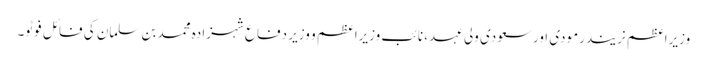
وزیراعظم نریندرمودی اورسعودی ولی عہد، نائب وزیراعظم و وزیر دفاع شہزادہ محمد بن سلمان کی فائل فوٹو۔